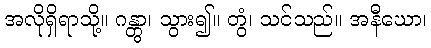
အလိုရှိရာသို့။ ဂန္တွာ၊ သွား၍။ တွံ၊ သင်သည်။ အနီဃော၊